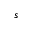
^ s